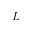
L